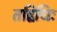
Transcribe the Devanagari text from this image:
तद्विधिः